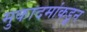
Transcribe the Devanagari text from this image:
मुकादमांकडून